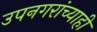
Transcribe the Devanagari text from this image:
उपनगरांच्याही